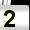
Digit: 2